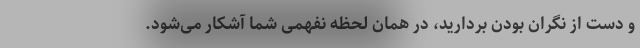
و دست از نگران بودن بردارید، در همان لحظه نفهمی شما آشکار می‌شود.